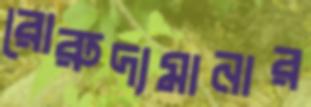
রোরুদ্যমানার